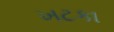
ખટકા